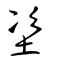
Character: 垐